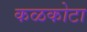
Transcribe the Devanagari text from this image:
कळकोटा